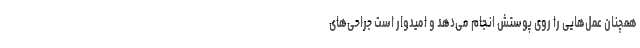
همچنان عمل‌هایی را روی پوستش انجام می‌دهد و امیدوار است جراحی‌های